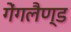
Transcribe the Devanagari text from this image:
गेंगलैण्ड